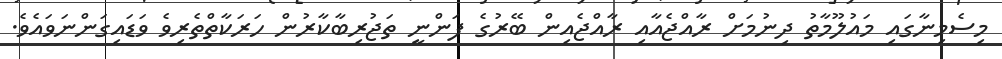
މިސެމިނާގައި މައުލޫމާތު ދިނުމަށް ރާއްޖެއާއި ރާއްޖެއިން ބޭރުގެ ފަންނީ ތަޖުރިބާކާރުން ހަރަކާތްތެރިވެ ވަޑައިގަންނަވައެވެ.